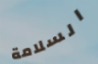
السلامة